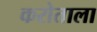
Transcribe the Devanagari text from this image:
करोताला